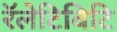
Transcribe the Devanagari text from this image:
रॅलेटिविटि